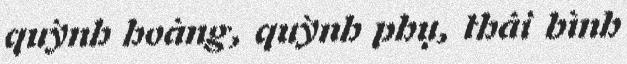
quỳnh hoàng, quỳnh phụ, thái bình